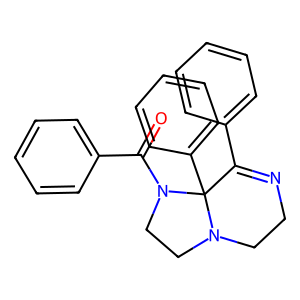
SMILES: O=C(c1ccccc1)N1CCN2CCN=C(c3ccccc3)C21c1ccccc1
Inhibits HIV replication: No